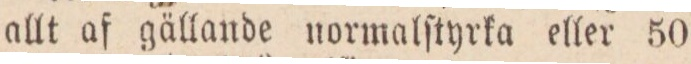
allt af gällande normalſtyrka eller 50